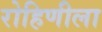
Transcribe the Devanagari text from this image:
रोहिणीला